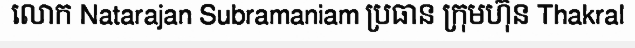
លោក Natarajan Subramaniam ប្រធាន ក្រុមហ៊ុន Thakral